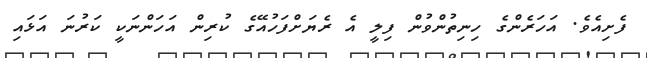
ފެށިއެވެ. އަހަރެންގެ ހިނިތުންވުން ފިލީ އެ ރެޔަށްފަހުއޭގެ ކުރިން އަހަންނަކީ ކަރުނަ އަޅައި